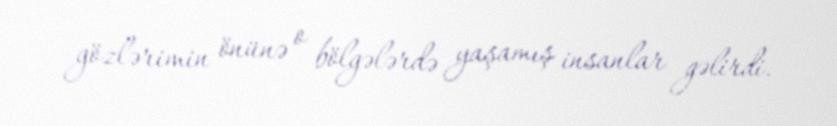
gözlərimin önünə o bölgələrdə yaşamış insanlar gəlirdi.